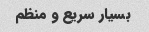
بسیار سریع و منظم